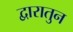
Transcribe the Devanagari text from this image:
द्वारातुन